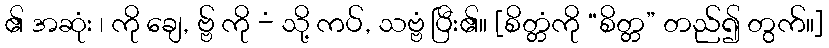
၏ အဆုံး ၊ ကို ချေ, ဗ္ဗ် ကို -ံ သို့ ကပ်, သဗ္ဗံ ပြီး၏။ [စိတ္တံကို “စိတ္တ” တည်၍ တွက်။]